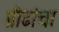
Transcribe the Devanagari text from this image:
प्रौढांचा